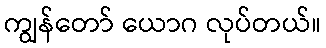
ကျွန်တော် ယောဂ လုပ်တယ်။